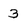
Character: 3